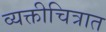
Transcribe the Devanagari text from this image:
व्यक्तीचित्रात